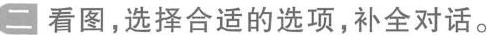
二 看图,选择合适的选项,补全对话.